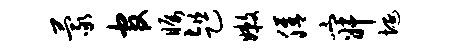
蒙官瞩趄嫩膳寂埏